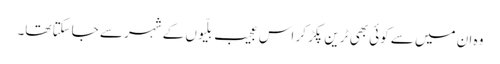
وہ ان میں سے کوئی بھی ٹرین پکڑ کر اس عجیب بلّیوں کے شہر سے جاسکتا تھا۔